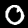
Digit: 0